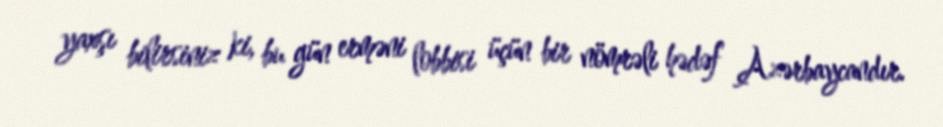
yaxşı bilirsiniz ki, bu gün erməni lobbisi üçün bir nömrəli hədəf Azərbaycandır.